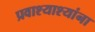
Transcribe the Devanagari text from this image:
प्रवाश्याश्यांना